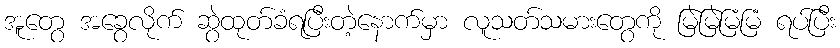
အူတွေ အခွေလိုက် ဆွဲထုတ်ခံရပြီးတဲ့နောက်မှာ လူသတ်သမားတွေကို မြဲမြဲမြံမြံ ရပ်ပြီး